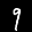
Label: 9